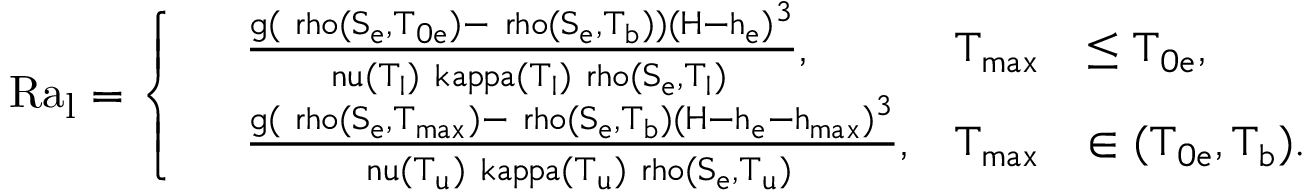
\mathrm { R a _ { l } = \left\{ \begin{array} { r l r l r } & { \frac { g ( \ r h o ( S _ { e } , T _ { 0 e } ) - \ r h o ( S _ { e } , T _ { b } ) ) ( H - h _ { e } ) ^ { 3 } } { \ n u ( T _ { l } ) \ k a p p a ( T _ { l } ) \ r h o ( S _ { e } , T _ { l } ) } , } & { T _ { m a x } } & { \le T _ { 0 e } , } & \\ & { \frac { g ( \ r h o ( S _ { e } , T _ { m a x } ) - \ r h o ( S _ { e } , T _ { b } ) ( H - h _ { e } - h _ { m a x } ) ^ { 3 } } { \ n u ( T _ { u } ) \ k a p p a ( T _ { u } ) \ r h o ( S _ { e } , T _ { u } ) } , } & { T _ { m a x } } & { \in ( T _ { 0 e } , T _ { b } ) . } & \end{array} \right. }